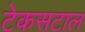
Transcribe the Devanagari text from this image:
टेकसटाल